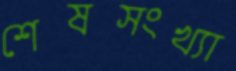
শেষসংখ্যা